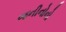
જનીનોનો